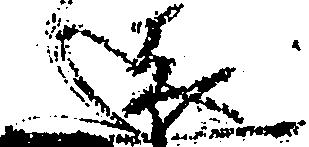
遠